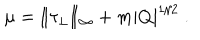
\mu = \| \tau _ { \perp } \| _ { \infty } + m | Q | ^ { 1 / 2 } ~ .